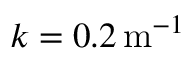
k = 0 . 2 \, \mathrm { m } ^ { - 1 }